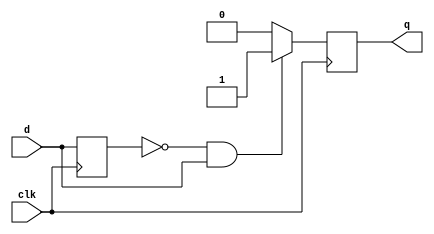
/*
    This file is part of Blue8.

    Foobar is free software: you can redistribute it and/or modify
    it under the terms of the GNU Lesser General Public License as published by
    the Free Software Foundation, either version 3 of the License, or
    (at your option) any later version.

    Foobar is distributed in the hope that it will be useful,
    but WITHOUT ANY WARRANTY; without even the implied warranty of
    MERCHANTABILITY or FITNESS FOR A PARTICULAR PURPOSE.  See the
    GNU Lesser General Public License for more details.

    You should have received a copy of the GNU Lesser General Public License
    along with Blue8.  If not, see <http://www.gnu.org/licenses/>.

    Blue8 by Al Williams alw@al-williams.com

*/

// this synchronizes a "switch" which may be async and
// long, and this outputs a single pulse. The switch is assmed
// to already be debounced
module switchsync(clk,d,q);
input clk,d;
output q;
reg q;
reg s0;	 
initial q=0;
initial s0=0;
always @(posedge clk) begin
  if (s0==1'b0 && d==1'b1) q=1'b1; else q=1'b0;
  s0=d;
end
endmodule